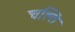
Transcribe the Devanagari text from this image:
चल्ति